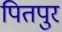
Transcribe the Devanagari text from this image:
पितपुर